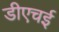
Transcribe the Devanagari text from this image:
डीएचई